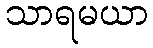
သာရမယာ